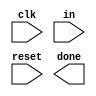
// In many (older) serial communications protocols, each data byte is sent along with a start bit and a stop bit, to help the receiver delimit bytes from the stream of bits. One common scheme is to use one start bit (0), 8 data bits, and 1 stop bit (1). The line is also at logic 1 when nothing is being transmitted (idle).

// Design a finite state machine that will identify when bytes have been correctly received when given a stream of bits. It needs to identify the start bit, wait for all 8 data bits, then verify that the stop bit was correct. If the stop bit does not appear when expected, the FSM must wait until it finds a stop bit before attempting to receive the next byte.

module top_module(
    input clk,
    input in,
    input reset,    // Synchronous reset
    output done
); 

	// Insert your code here

endmodule